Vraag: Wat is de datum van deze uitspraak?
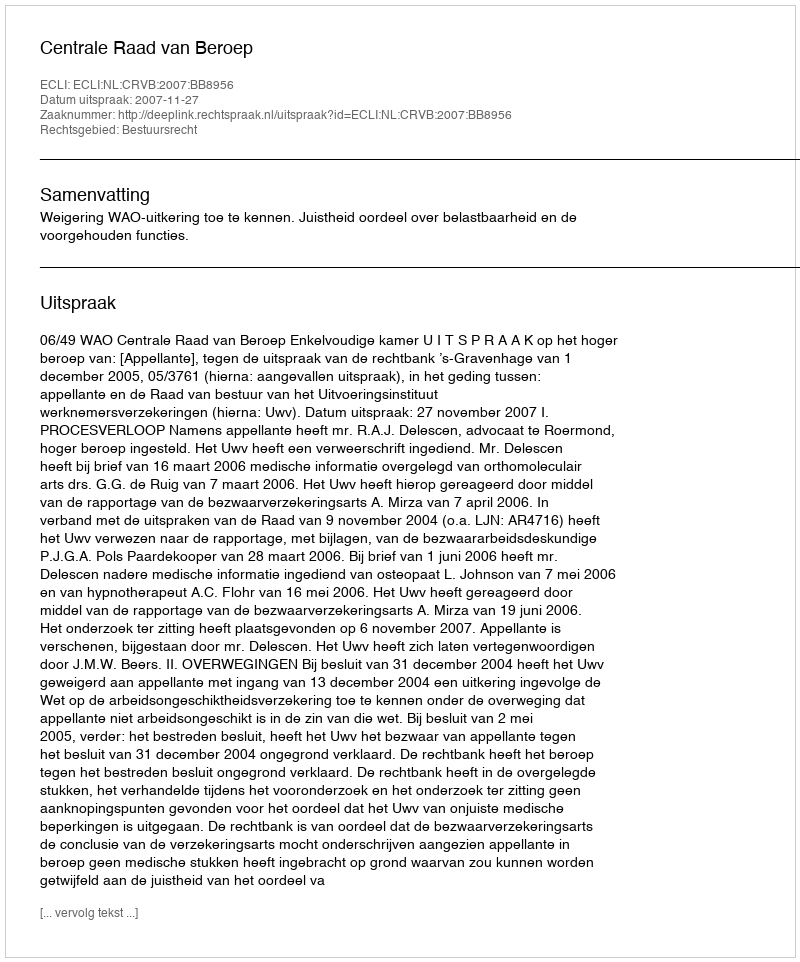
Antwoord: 2007-11-27